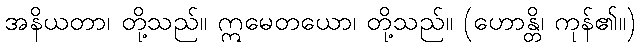
အနိယတာ၊ တို့သည်။ ဣမေတယော၊ တို့သည်။ (ဟောန္တိ၊ ကုန်၏။)